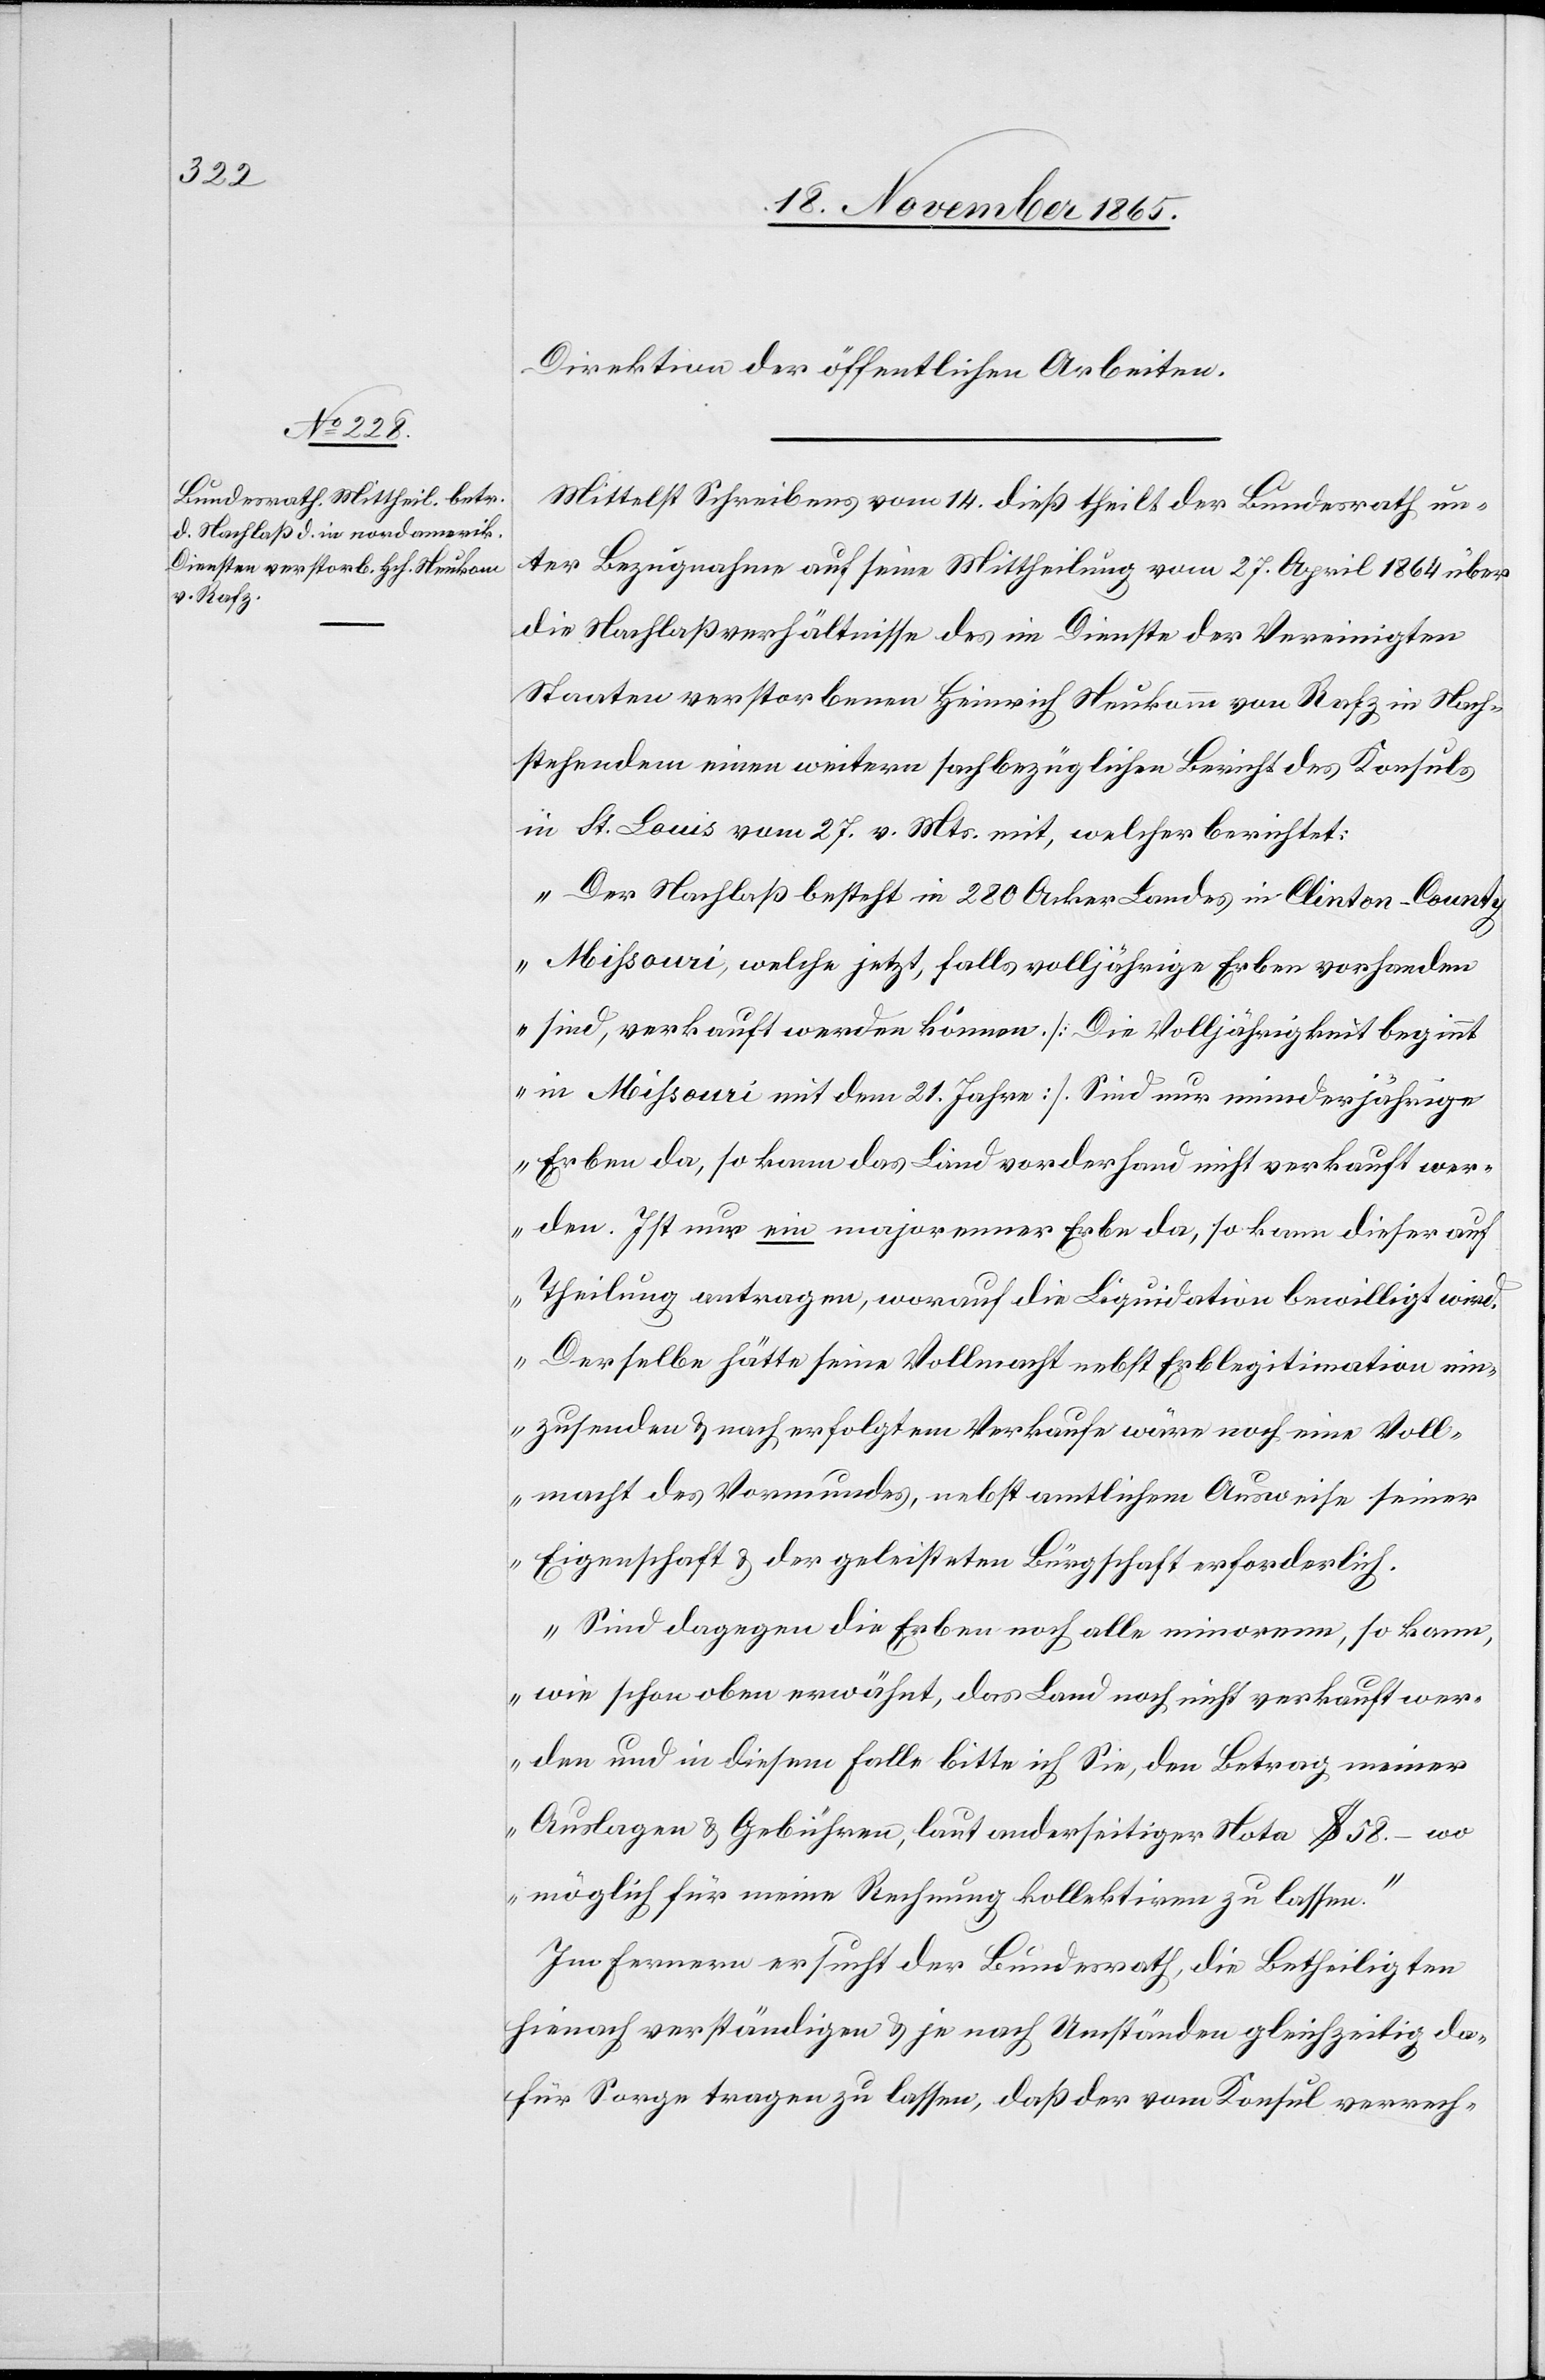
Direktion der öffentlichen Arbeiten.
Mittelst Schreiben vom 14. dieß theilt der Bundesrath un¬
ter Bezugnahme auf seine Mittheilung vom 27. April 1864 über
die Nachlaßverhältnisse des im Dienste der Vereinigten
Staaten verstorbenen Heinrich Neukomm [sic!] von Rafz in Nach¬
stehendem einen weitern fachbezüglichen Bericht des Konsuls
in St. Louis vom 27. v. Mts. mit, welcher berichtet:
„Der Nachlaß besteht in 280 Acker Landes in Clinton-County
Mihsouri, welche jetzt, falls volljährige Erben vorhanden
sind, verkauft werden können. [Die Volljährigkeit beginnt
in Mihsouri mit dem 21. Jahre]. Sind nur minderjährige
Erben da, so kann das Land vorderhand nicht verkauft wer¬
den. Ist nur ein majorenner Erbe da, so kann dieser auf
Theilung antragen, worauf die Liquidation bewilligt wird.
Derselbe hätte seine Vollmacht nebst Erblegitimation ein¬
zusenden & nach erfolgtem Verkaufe wäre noch eine Voll¬
macht des Vormundes, nebst amtlichem Ausweise seiner
Eigenschaft & der geleisteten Bürgschaft erforderlich.
Sind dagegen die Erben noch alle minorenn, so kann,
wie schon oben erwähnt, das Land noch nicht verkauft wer¬
den und in diesem Fall bitte ich Sie, den Betrag meiner
Auslagen & Gebühren, laut anderseitiger Note $ 58. – wo
möglich für meine Rechnung kollektiren zu lassen.“
Im Fernern ersucht der Bundesrath, die Betheiligten
hienach verständigen & je nach Umständen gleichzeitig da¬
für Sorge tragen zu lassen, daß der vom Konsul verrech-